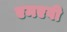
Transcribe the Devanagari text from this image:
एमएवी